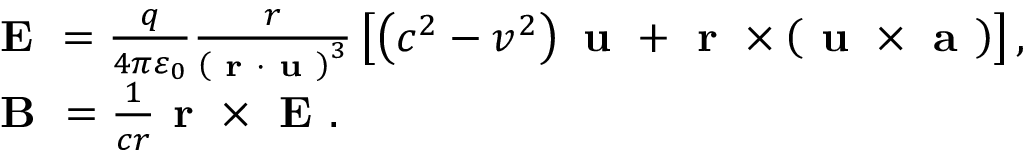
\begin{array} { r l } & { \textbf { E } = \frac { q } { 4 \pi \varepsilon _ { 0 } } \frac { r } { \left( \textbf { r } \cdot \textbf { u } \right) ^ { 3 } } \left[ \left( c ^ { 2 } - v ^ { 2 } \right) \textbf { u } + \textbf { r } \times \left( \textbf { u } \times \textbf { a } \right) \right] , } \\ & { \textbf { B } = \frac { 1 } { c r } \textbf { r } \times \textbf { E } . } \end{array}